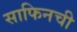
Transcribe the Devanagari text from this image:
साफिनची